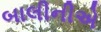
બાલીનીએ